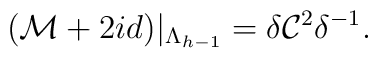
({\cal M}+2id)|_{\Lambda_{h-1}} = \delta{\cal C}^2\delta^{-1}.